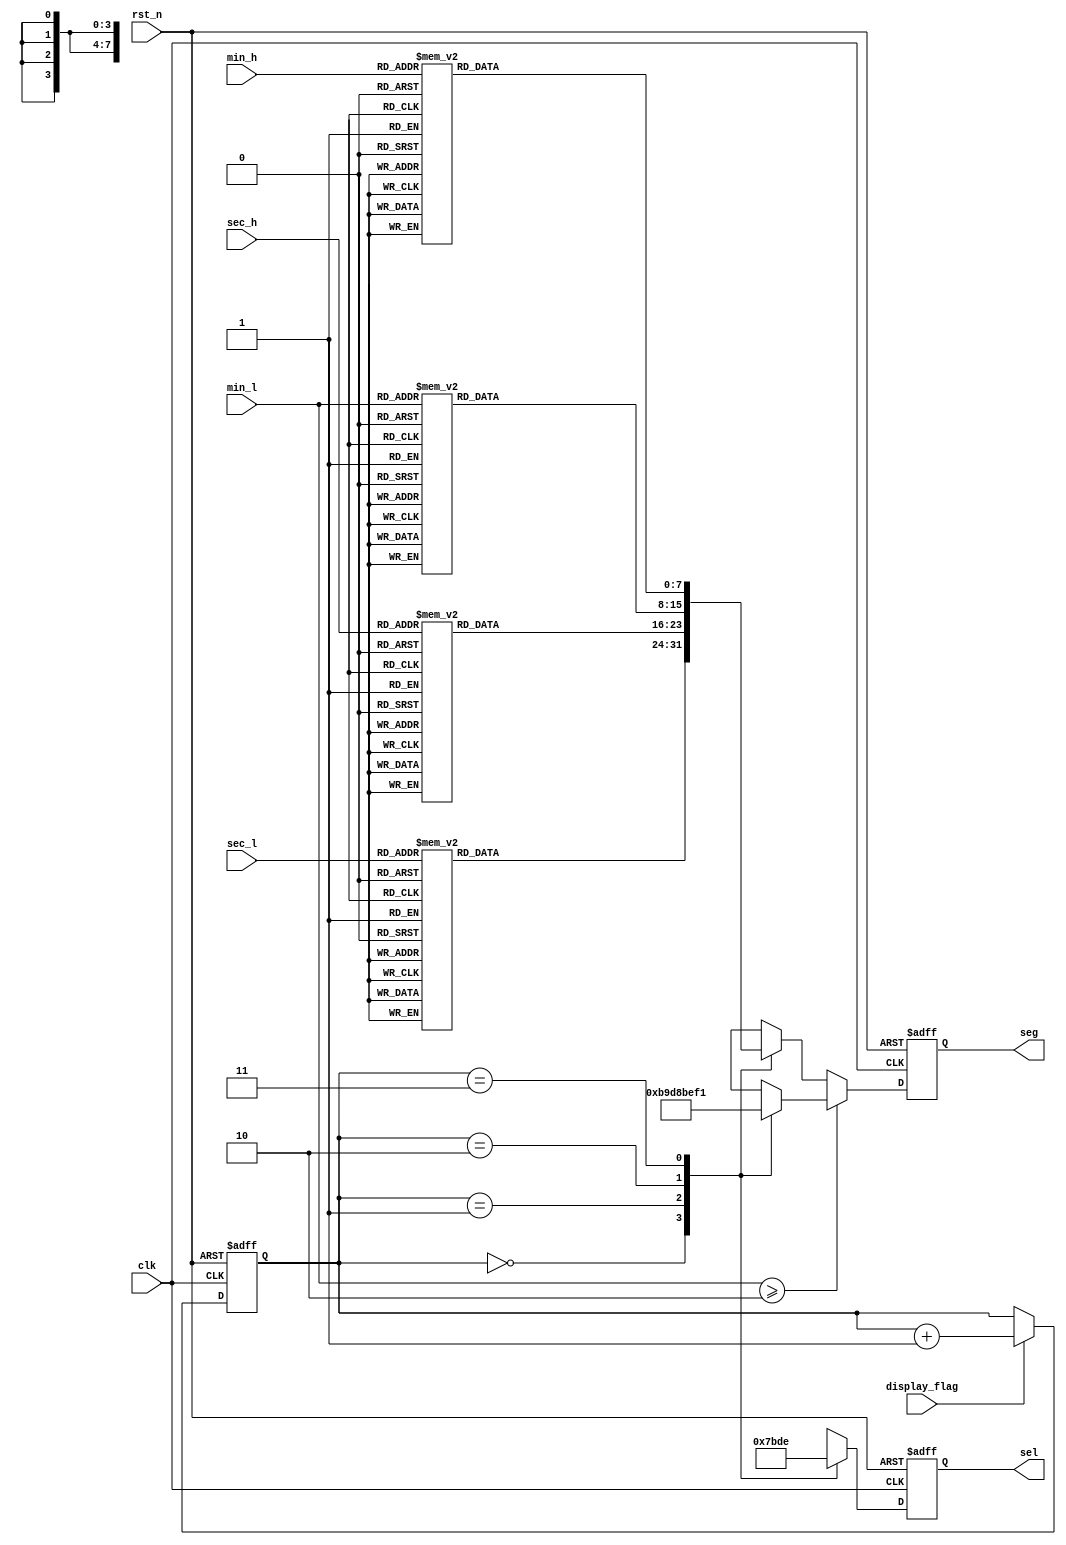
// synopsys translate_off
`timescale 1 ns / 1 ps
// synopsys translate_on
module display(
    rst_n,
    clk,
    min_h,      
    min_l,
    sec_h,      
    sec_l,
    display_flag,
    seg,
    sel
    );
    input                   rst_n;                                     //   `AC?
    input                   clk;                                       //   ??A50MHz
    input       [2:0]       min_h;                                     //   Q?
    input       [3:0]       min_l;                                     //   ??
    input       [2:0]       sec_h;                                     //   Q?
    input       [3:0]       sec_l;                                     //   ??
    input                   display_flag;                              //   ??????
    output reg  [7:0]       seg;                                       //   ??Z???X
    output reg  [3:0]       sel;                                       //   ???
  
    function [7:0]  seg_data;
        input   [3:0]       din;                                       //   ???u
        input               dp;                                        //   ?w????O_?GA1??G
        
        begin
            case(din)
            4'd0 : seg_data = {dp,7'b0111111};
            4'd1 : seg_data = {dp,7'b0000110};
            4'd2 : seg_data = {dp,7'b1011011};
            4'd3 : seg_data = {dp,7'b1001111};
            4'd4 : seg_data = {dp,7'b1100110};
            4'd5 : seg_data = {dp,7'b1101101};
            4'd6 : seg_data = {dp,7'b1111101};
            4'd7 : seg_data = {dp,7'b0000111};
            4'd8 : seg_data = {dp,7'b1111111};
            4'd9 : seg_data = {dp,7'b1101111};
            default: seg_data = {dp,7'b0000000};
            endcase
        end
    endfunction
    
	wire flag;
	assign flag=(min_l>=3'b010);	// set bomb time (2min)
    reg         [1:0]       cnt;                                       //   _u|???AGu?
    always @(posedge clk or negedge rst_n)
    begin
        if(rst_n == 1'b0)
            cnt <= (0);
        else if(display_flag == 1'b1)
            cnt <= cnt + 1'b1;
        else
            cnt <= cnt;
    end
    
  
    always @(posedge clk or negedge rst_n)
    begin
        if(rst_n == 1'b0)
        begin
            seg <= (0);
            sel <= (0);
        end
		else if(flag==1'b1) // bomb explode
			begin
				case(cnt)
					2'b00 :                                                    //   ???
					begin
						seg <= {1'b1,7'b0111001};
						sel <= 4'b0111;
					end
					
					2'b01 :                                                    //   ?Q?
					begin
						seg <= {1'b1,7'b1011000};
						sel <= 4'b1011;
					end
					
					2'b10 :                                                    //   ???
					begin
						seg <= {1'b1,7'b0111110};
						sel <= 4'b1101;
					end
					
					2'b11 :                                                    //   ?Q?
					begin
						seg <= {1'b1,7'b1110001};
						sel <= 4'b1110;
					end
				endcase
			end
        else
        begin
            case(cnt)
            2'b00 :                                                    //   ???
            begin
                seg <= seg_data(sec_l,1'b1);
                sel <= 4'b0111;
            end
            
            2'b01 :                                                    //   ?Q?
            begin
                seg <= seg_data({1'b0,sec_h},1'b0);
                sel <= 4'b1011;
            end
            
            2'b10 :                                                    //   ???
            begin
                seg <= seg_data(min_l,1'b1);
                sel <= 4'b1101;
            end
            
            2'b11 :                                                    //   ?Q?
            begin
                seg <= seg_data({1'b0,min_h},1'b0);
                sel <= 4'b1110;
            end
            endcase
        end
    end
  

endmodule